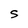
Character: S